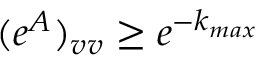
( e ^ { A } ) _ { v v } \geq e ^ { - k _ { m a x } }